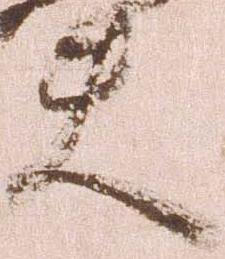
夫